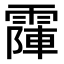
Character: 𩄛